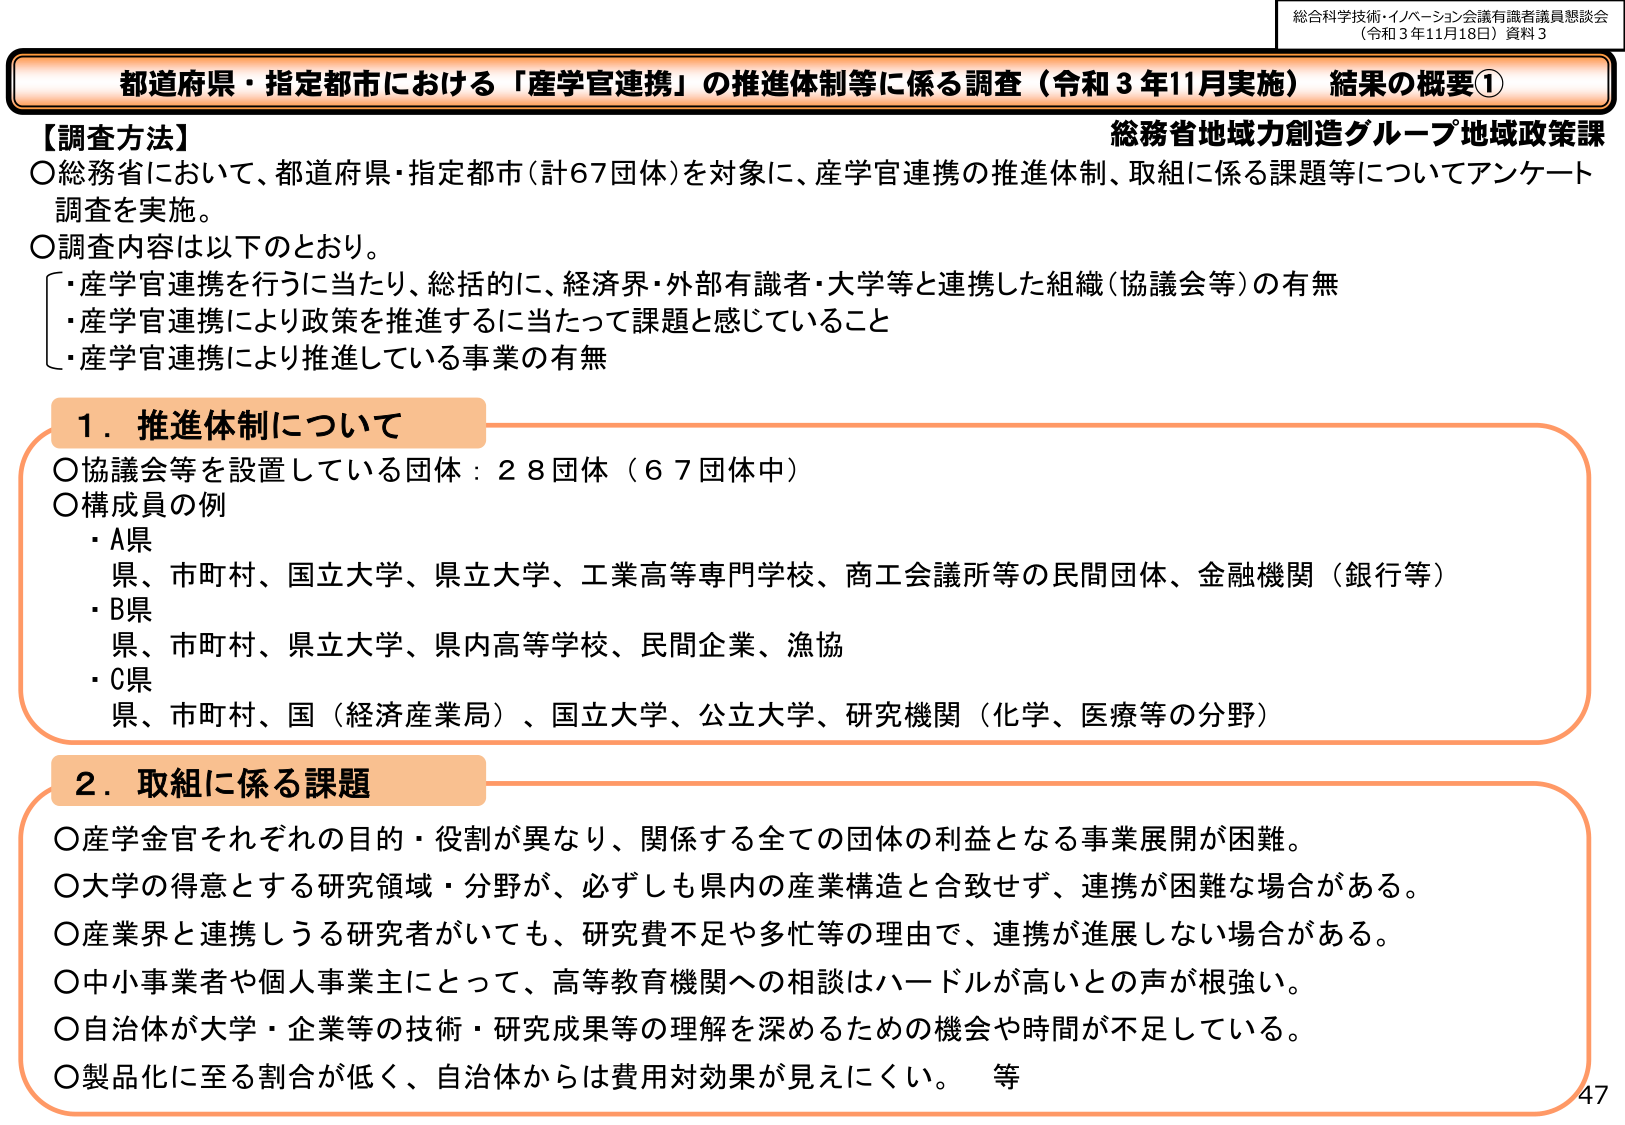
総合科学技術・イノベーション会議有識者議員懇談会
（令和３年11月18日）資料３

都道府県・指定都市における「産学官連携」の推進体制等に係る調査（令和３年11月実施） 結果の概要①

総務省地域力創造グループ地域政策課

【調査方法】
〇総務省において、都道府県・指定都市（計67団体）を対象に、産学官連携の推進体制、取組に係る課題等についてアンケート調査を実施。
〇調査内容は以下のとおり。
・産学官連携を行うに当たり、総括的に、経済界・外部有識者・大学等と連携した組織（協議会等）の有無
・産学官連携により政策を推進するに当たって課題と感じていること
・産学官連携により推進している事業の有無

１．推進体制について
〇協議会等を設置している団体：28団体（67団体中）
〇構成員の例
・A県
　県、市町村、国立大学、県立大学、工業高等専門学校、商工会議所等の民間団体、金融機関（銀行等）
・B県
　県、市町村、県立大学、県内高等学校、民間企業、漁協
・C県
　県、市町村、国（経済産業局）、国立大学、公立大学、研究機関（化学、医療等の分野）

２．取組に係る課題
〇産学金官それぞれの目的・役割が異なり、関係する全ての団体の利益となる事業展開が困難。
〇大学の得意とする研究領域・分野が、必ずしも県内の産業構造と合致せず、連携が困難な場合がある。
〇産業界と連携しうる研究者がいても、研究費不足や多忙等の理由で、連携が進展しない場合がある。
〇中小事業者や個人事業主にとって、高等教育機関への相談はハードルが高いとの声が強い。
〇自治体が大学・企業等の技術・研究成果等の理解を深めるための機会や時間が不足している。
〇製品化に至る割合が低く、自治体からは費用対効果が見えにくい。　等

47